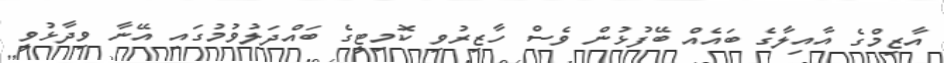
އާޒިމްގެ އާއިލާގެ ބައެއް ބޭފުޅުން ވެސް ހާޒިރުވި ކޮމިޓީގެ ބައްދަލުވުމުގައި އޭނާ ވިދާޅުވީ